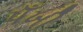
પઁખી